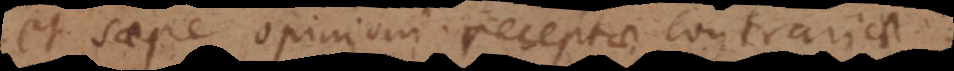
saepe opinioni receptae contrariae